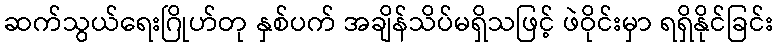
ဆက်သွယ်ရေးဂြိုဟ်တု နှစ်ပက် အချိန်သိပ်မရှိသဖြင့် ဖဲဝိုင်းမှာ ရရှိနိုင်ခြင်း